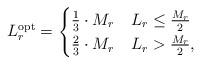
LaTeX: \begin{align*}L_r^{\rm opt} = \begin{cases} \frac{1}{3} \cdot M_r & L_r \leq \frac{M_r}{2} \\ \frac{2}{3} \cdot M_r & L_r > \frac{M_r}{2}, \end{cases}\end{align*}